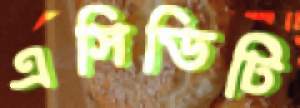
এসিডিটি